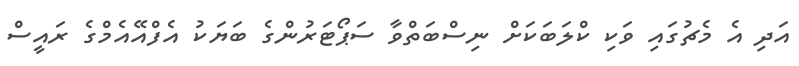
އަދި އެ މެޗުގައި ވަކި ކްލަބަކަށް ނިސްބަތްވާ ސަޕޯޓަރުންގެ ބަޔަކު އެފްއޭއެމްގެ ރައީސް